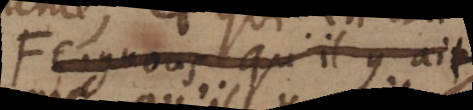
Feignons qu’il y ait